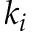
k _ { i }